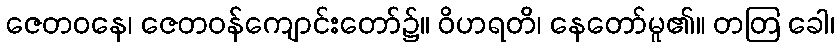
ဇေတဝနေ၊ ဇေတဝန်ကျောင်းတော်၌။ ဝိဟရတိ၊ နေတော်မူ၏။ တတြ ခေါ၊